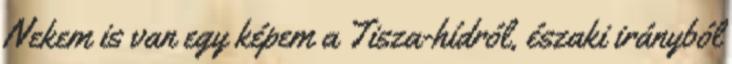
Nekem is van egy képem a Tisza-hídról, északi irányból